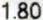
1.80